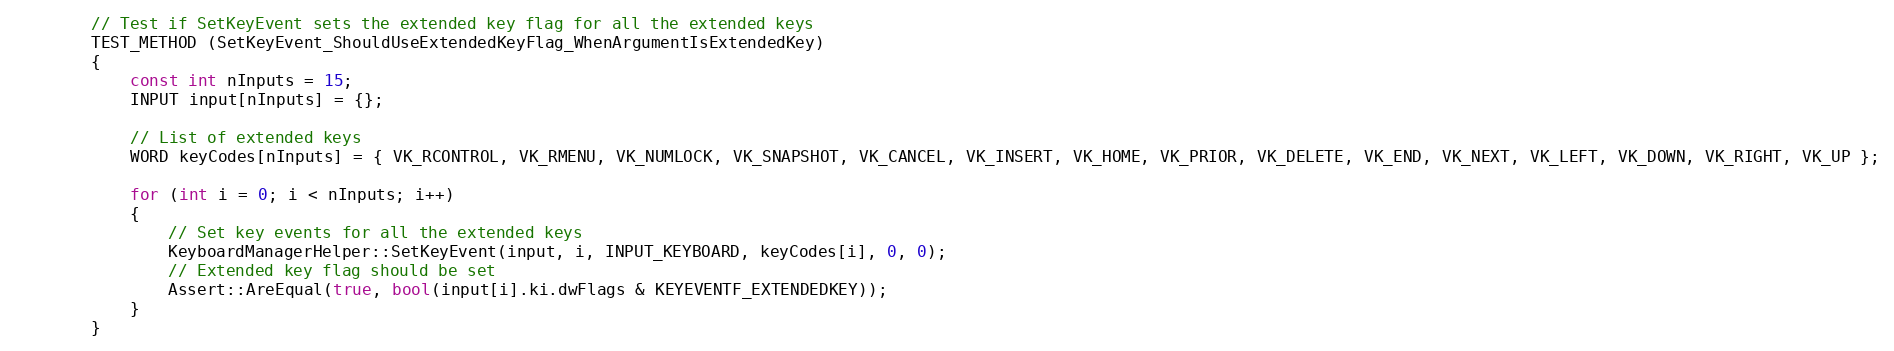
Language: C++
        // Test if SetKeyEvent sets the extended key flag for all the extended keys
        TEST_METHOD (SetKeyEvent_ShouldUseExtendedKeyFlag_WhenArgumentIsExtendedKey)
        {
            const int nInputs = 15;
            INPUT input[nInputs] = {};

            // List of extended keys
            WORD keyCodes[nInputs] = { VK_RCONTROL, VK_RMENU, VK_NUMLOCK, VK_SNAPSHOT, VK_CANCEL, VK_INSERT, VK_HOME, VK_PRIOR, VK_DELETE, VK_END, VK_NEXT, VK_LEFT, VK_DOWN, VK_RIGHT, VK_UP };

            for (int i = 0; i < nInputs; i++)
            {
                // Set key events for all the extended keys
                KeyboardManagerHelper::SetKeyEvent(input, i, INPUT_KEYBOARD, keyCodes[i], 0, 0);
                // Extended key flag should be set
                Assert::AreEqual(true, bool(input[i].ki.dwFlags & KEYEVENTF_EXTENDEDKEY));
            }
        }